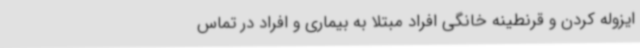
ایزوله کردن و قرنطینه خانگی افراد مبتلا به بیماری و افراد در تماس